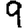
Digit: 9